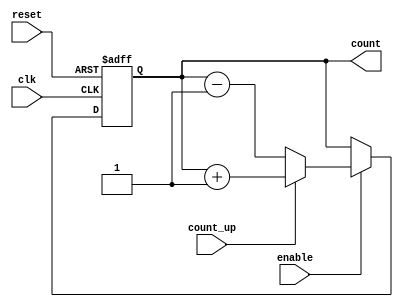
module cascaded_counter (
    input wire clk,       // Clock signal
    input wire reset,     // Asynchronous reset
    input wire enable,    // Enable signal
    input wire count_up,  // Count up or count down control
    output reg [N-1:0] count // Count output
);
    parameter N = 4; // Number of bits in the counter

    // Define the internal flip-flops for the counter
    reg [N-1:0] count_reg;

    // Asynchronous reset and counting logic
    always @(posedge clk or posedge reset) begin
        if (reset) begin
            count_reg <= 0; // Reset the counter to 0
        end else if (enable) begin
            if (count_up) begin
                count_reg <= count_reg + 1; // Count up
            end else begin
                count_reg <= count_reg - 1; // Count down
            end
        end
    end

    // Continuous assignment to output count
    assign count = count_reg;

endmodule